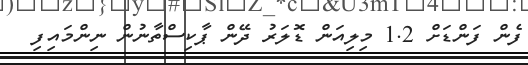
ފެން ފަންޑަށް 1.2 މިލިއަން ޑޮލަރު ދޭން ޕާކިސްތާނުން ނިންމައިފި